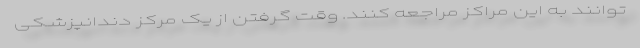
‌توانند به این مراکز مراجعه کنند. وقت گرفتن از یک مرکز دندانپزشکی